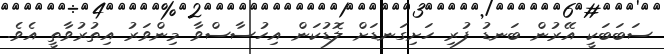
ސަބަބަކީ އޭރުން ބަނޑު ފުރި ހަށިގަނޑަށް ލޮޑުކަން އިހުސާސްވާ މިންވަރު އިތުރުވާތީ އެވެ.